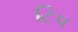
ટિપ